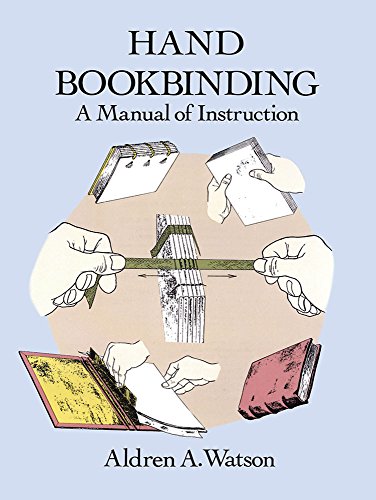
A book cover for Hand Bookbinding: A Manual of Instruction; Aldren A. Watson; Computers & Technology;